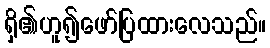
ရှိ၏ဟူ၍ဖော်ပြထားလေသည်။